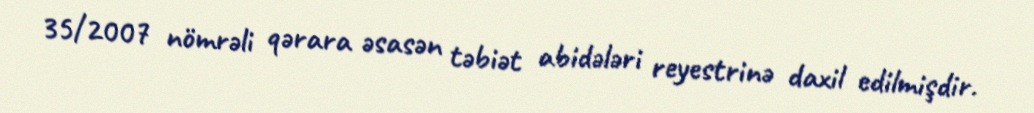
35/2007 nömrəli qərara əsasən təbiət abidələri reyestrinə daxil edilmişdir.